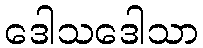
ဒေါသဒေါသာ